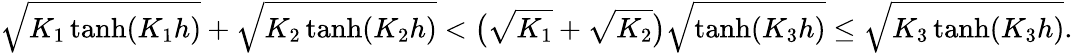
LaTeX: \sqrt{K_{1}\operatorname{tanh}(K_{1}h)}+\sqrt{K_{2}\operatorname{tanh}(K_{2}h)}<\big(\sqrt{K_{1}}+\sqrt{K_{2}}\big)\sqrt{\operatorname{tanh}(K_{3}h)}\leq\sqrt{K_{3}\operatorname{tanh}(K_{3}h)}.